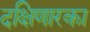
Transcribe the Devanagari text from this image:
दक्षिणारका